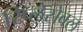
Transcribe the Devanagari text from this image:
रिप्लेसेबल